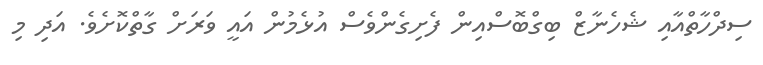
ސިދްހާތްއާއި ޝެހެނާޒް ބިގްބޮސްއިން ފެށިގެންވެސް އުޅެމުން އައީ ވަރަށް ގާތްކޮށެވެ. އަދި މި